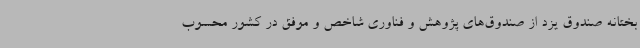
بختانه صندوق یزد از صندوق‌های پژوهش و فناوری شاخص و موفق در کشور محسوب